画像に写った文字を読んでください
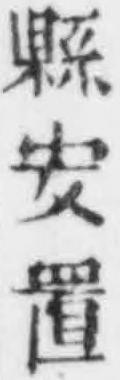
「縣安置」と書いてあります